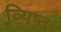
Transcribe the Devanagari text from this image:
व्यिष्ट